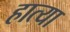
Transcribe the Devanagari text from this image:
हात्या